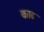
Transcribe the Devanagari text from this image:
काढ